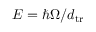
E = \hbar \Omega / d _ { \mathrm { t r } }